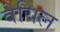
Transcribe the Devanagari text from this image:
वेयिल